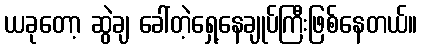
ယခုတော့ ဆွဲချ ခေါ်တဲ့ရှေ့နေချုပ်ကြီးဖြစ်နေတယ်။